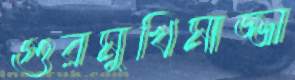
গুরমুখিমাজ্জা